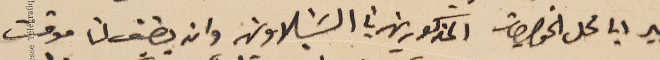
الجير الي محل الخواجات المذكورين في الشبلاون وان يضيف لنا موقت